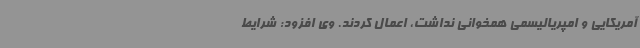
آمریکایی و امپریالیسمی همخوانی نداشت، اعمال کردند. وی افزود: شرایط